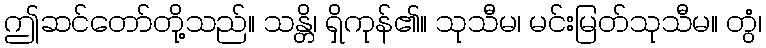
ဤဆင်တော်တို့သည်။ သန္တိ၊ ရှိကုန်၏။ သုသီမ၊ မင်းမြတ်သုသီမ။ တွံ၊